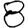
Digit: 8